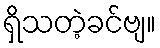
ရှိသတဲ့ခင်ဗျ။